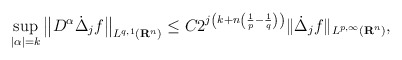
\begin{align*} \sup _{|\alpha|=k}\big\|D^{\alpha}\dot{\Delta}_j f\big\|_{L^{q, 1}\left(\mathbf{R}^{n}\right)} \leq C 2^{j\left(k+n\left(\frac{1}{p}-\frac{1}{q}\right)\right)}\|\dot{\Delta}_jf\|_{L^{p, \infty}\left(\mathbf{R}^{n}\right)},\end{align*}